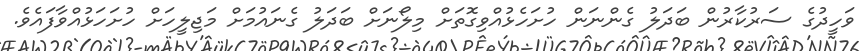
ވަހީދުގެ ސަރުކާރުން ބަދަލު ގެންނަން ހުށަހެޅުއްވިގޮތަށް މިލޯނަށް ބަދަލު ގެނައުމަށް މަޖިލީހަށް ހުށަހަޅުއްވާފައެވެ.